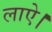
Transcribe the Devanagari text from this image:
लाऐ।